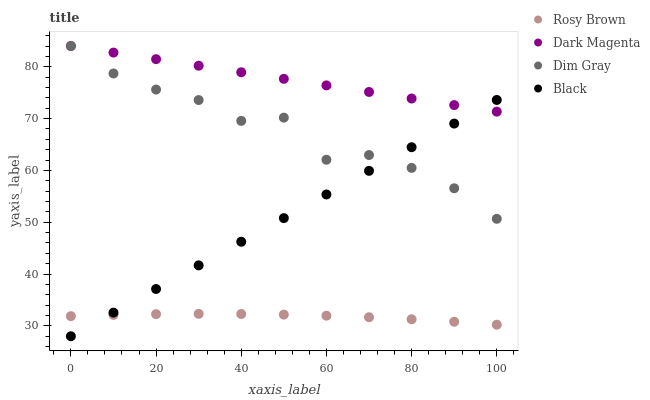
| xaxis_label | Rosy Brown | Dark Magenta | Dim Gray | Black |
 | --- | --- | --- | --- | --- |
 | 0 | 31.9 | 84 | 84 | 28 |
 | 10 | 32.1 | 82.7 | 78.7 | 32.6 |
 | 20 | 32.3 | 81.5 | 75.6 | 37.1 |
 | 30 | 32.3 | 80.2 | 73.6 | 41.7 |
 | 40 | 32.3 | 78.9 | 69.6 | 46.2 |
 | 50 | 32.2 | 77.7 | 70.2 | 50.8 |
 | 60 | 32 | 76.4 | 62.1 | 55.4 |
 | 70 | 31.7 | 75.1 | 63 | 59.9 |
 | 80 | 31.3 | 73.9 | 60.5 | 64.5 |
 | 90 | 30.8 | 72.6 | 56.5 | 69 |
 | 100 | 30.2 | 71.3 | 50.7 | 73.6 |